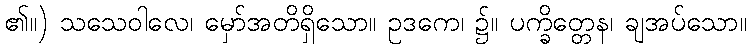
၏။) သသေဝါလေ၊ မှော်အတိရှိသော။ ဥဒကေ၊ ၌။ ပက္ခိတ္တေန၊ ချအပ်သော။